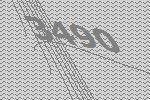
3490